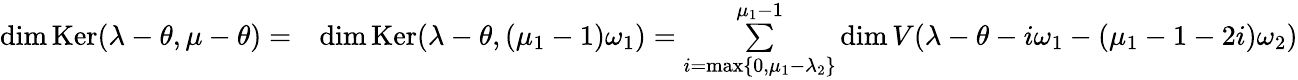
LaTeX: \begin{array}{rl}{\dim\operatorname{Ker}(\lambda-\theta,\mu-\theta)=}&{\dim\operatorname{Ker}(\lambda-\theta,(\mu_{1}-1)\omega_{1})=\underset{i=\operatorname*{max}\{ 0,\mu_{1}-\lambda_{2}\} }{\overset{\mu_{1}-1}{\sum}}\dim V(\lambda-\theta-i\omega_{1}-(\mu_{1}-1-2i)\omega_{2})}\end{array}